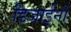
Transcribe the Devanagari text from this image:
डिजाईनों